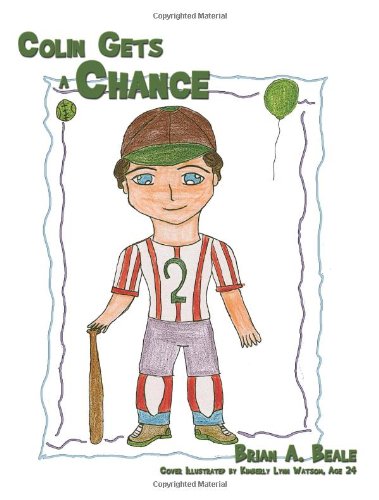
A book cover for Colin Gets a Chance; Brian A. Beale; Health, Fitness & Dieting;